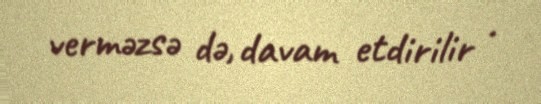
verməzsə də, davam etdirilir .